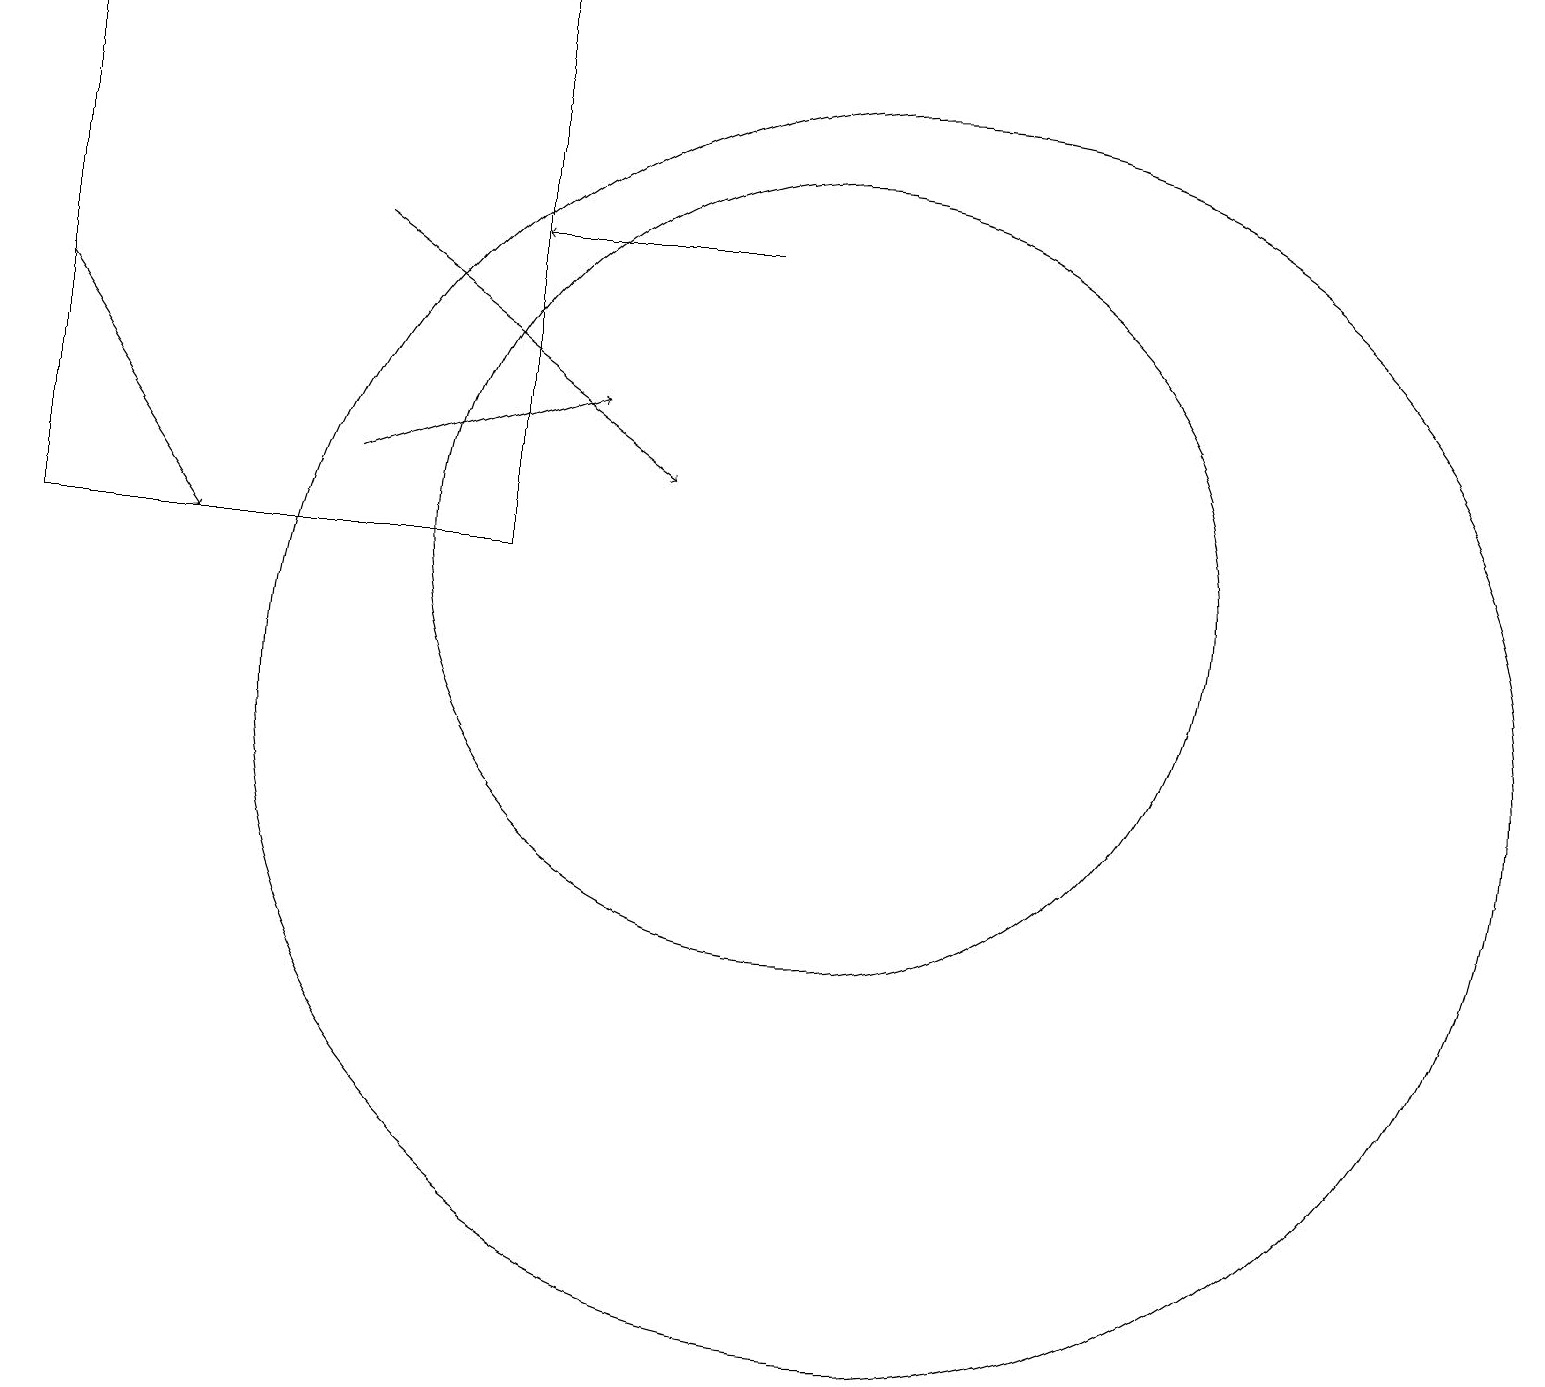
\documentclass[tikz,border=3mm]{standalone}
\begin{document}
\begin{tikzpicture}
\draw (10,12) circle (5);
\draw (11,10) circle (8);
\draw[->] (4,13) -- (7,14);
\draw[->] (4,16) -- (8,13);
\draw (0,19) rectangle (6,12);
\draw[->] (9,16) -- (6,16);
\draw[->] (0,15) -- (2,12);
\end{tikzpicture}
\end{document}